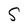
Character: S